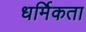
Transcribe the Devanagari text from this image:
धर्मिकता